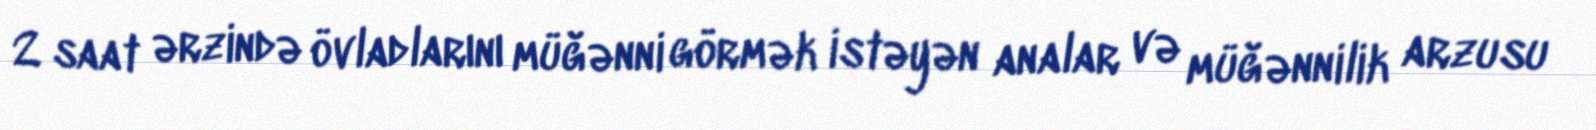
2 saat ərzində övladlarını müğənni görmək istəyən analar və müğənnilik arzusu